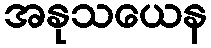
အနုသယေန